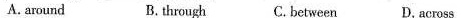
A. around B. through C. between D. Across